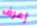
إعرف